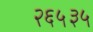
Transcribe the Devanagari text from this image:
२६५३५